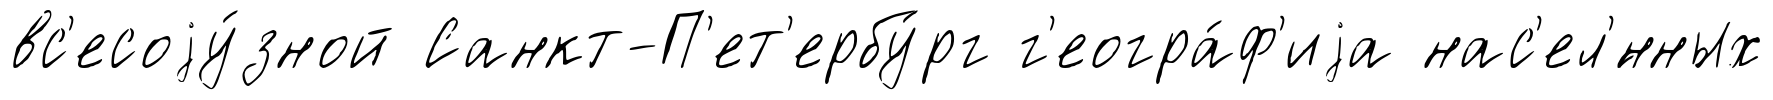
вс'есоjу́зной Санкт-П'ет'ербу́рг г'еогра́ф'иjа нас'ел'́нных